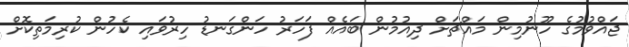
ޖައްވުމުގެ ހޫނުމިން މައްޗަށް ދިއުމުން ބައެއް ފަހަރު ހަންގަނޑު ހިރުވައި ކެހުން ކުރިމަތިކޮށް